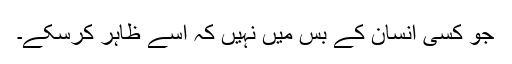
جو کسی انسان کے بس میں نہیں کہ اسے ظاہر کرسکے۔